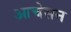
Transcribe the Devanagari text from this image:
आचेसन